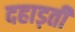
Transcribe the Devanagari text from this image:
दहाड़ती